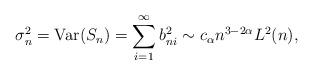
LaTeX: \begin{align*} \sigma_n^2= {\rm Var}(S_n)=\sum_{i=1}^{\infty}b_{ni}^{2}\sim c_\alpha n^{3-2\alpha}L^{2}(n),\end{align*}